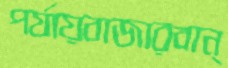
পর্যায়বাজারবান্